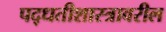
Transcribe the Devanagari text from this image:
पद्धतीशास्त्रावरील